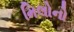
મિલોનો